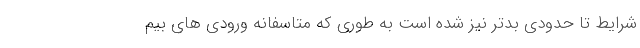
شرایط تا حدودی بدتر نیز شده است به طوری که متاسفانه ورودی های بیم